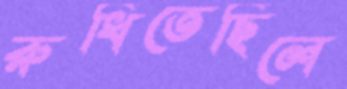
রুধিতেছিলে